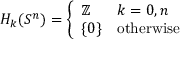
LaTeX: H _ { k } ( S ^ { n } ) = { \left\{ \begin{array} { l l } { \mathbb { Z } } & { k = 0 , n } \\ { \{ 0 \} } & { { \mathrm { o t h e r w i s e } } } \end{array} \right. }